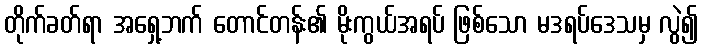
တိုက်ခတ်ရာ အရှေ့ဘက် တောင်တန်း၏ မိုးကွယ်အရပ် ဖြစ်သော မဒရပ်ဒေသမှ လွဲ၍